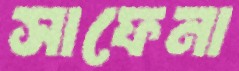
সাফেনা